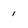
Character: 1